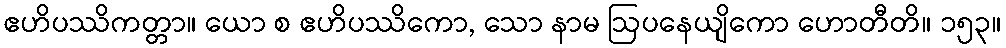
ဧဟိပဿိကတ္တာ။ ယော စ ဧဟိပဿိကော, သော နာမ ဩပနေယျိကော ဟောတီတိ။ ၁၅၃။